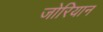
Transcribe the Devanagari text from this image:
जोरियान